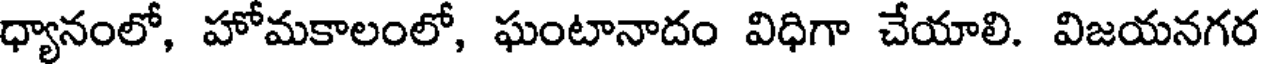
ధ్యానంలో, హోమకాలంలో, ఘంటానాదం విధిగా చేయాలి. విజయనగర